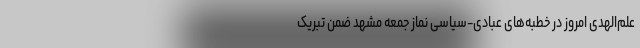
علم‌الهدی امروز در خطبه‌های عبادی-سیاسی نماز جمعه مشهد ضمن تبریک